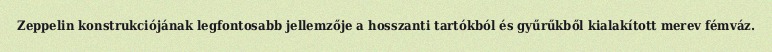
Zeppelin konstrukciójának legfontosabb jellemzője a hosszanti tartókból és gyűrűkből kialakított merev fémváz.